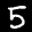
Label: 5